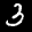
Label: 3